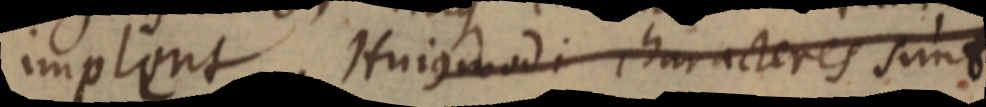
implent. Hujusmodi characteres sunt